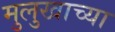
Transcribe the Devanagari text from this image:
मुलुखाच्या